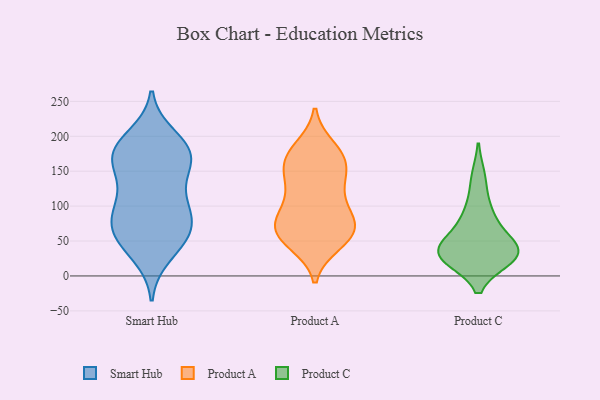
{"axis": {"x": "Humidity (%)", "y": "Value"}, "legend": ["Product A", "Product C", "Smart Hub"], "data": [{"x": "", "y": 60, "type": "Smart Hub"}, {"x": "", "y": 199, "type": "Smart Hub"}, {"x": "", "y": 130, "type": "Smart Hub"}, {"x": "", "y": 77, "type": "Smart Hub"}, {"x": "", "y": 30, "type": "Smart Hub"}, {"x": "", "y": 104, "type": "Smart Hub"}, {"x": "", "y": 177, "type": "Smart Hub"}, {"x": "", "y": 91, "type": "Smart Hub"}, {"x": "", "y": 177, "type": "Smart Hub"}, {"x": "", "y": 51, "type": "Smart Hub"}, {"x": "", "y": 65, "type": "Smart Hub"}, {"x": "", "y": 170, "type": "Smart Hub"}, {"x": "", "y": 172, "type": "Smart Hub"}, {"x": "", "y": 152, "type": "Smart Hub"}, {"x": "", "y": 188, "type": "Smart Hub"}, {"x": "", "y": 103, "type": "Smart Hub"}, {"x": "", "y": 166, "type": "Smart Hub"}, {"x": "", "y": 82, "type": "Smart Hub"}, {"x": "", "y": 48, "type": "Smart Hub"}, {"x": "", "y": 126, "type": "Product A"}, {"x": "", "y": 90, "type": "Product A"}, {"x": "", "y": 174, "type": "Product A"}, {"x": "", "y": 55, "type": "Product A"}, {"x": "", "y": 73, "type": "Product A"}, {"x": "", "y": 47, "type": "Product A"}, {"x": "", "y": 167, "type": "Product A"}, {"x": "", "y": 173, "type": "Product A"}, {"x": "", "y": 183, "type": "Product A"}, {"x": "", "y": 62, "type": "Product A"}, {"x": "", "y": 162, "type": "Product A"}, {"x": "", "y": 142, "type": "Product A"}, {"x": "", "y": 91, "type": "Product A"}, {"x": "", "y": 61, "type": "Product A"}, {"x": "", "y": 53, "type": "Product A"}, {"x": "", "y": 144, "type": "Product A"}, {"x": "", "y": 120, "type": "Product A"}, {"x": "", "y": 70, "type": "Product A"}, {"x": "", "y": 83, "type": "Product A"}, {"x": "", "y": 35, "type": "Product C"}, {"x": "", "y": 95, "type": "Product C"}, {"x": "", "y": 25, "type": "Product C"}, {"x": "", "y": 140, "type": "Product C"}, {"x": "", "y": 28, "type": "Product C"}, {"x": "", "y": 28, "type": "Product C"}, {"x": "", "y": 34, "type": "Product C"}, {"x": "", "y": 78, "type": "Product C"}, {"x": "", "y": 36, "type": "Product C"}, {"x": "", "y": 53, "type": "Product C"}]}